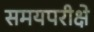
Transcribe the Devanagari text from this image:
समयपरीक्षे